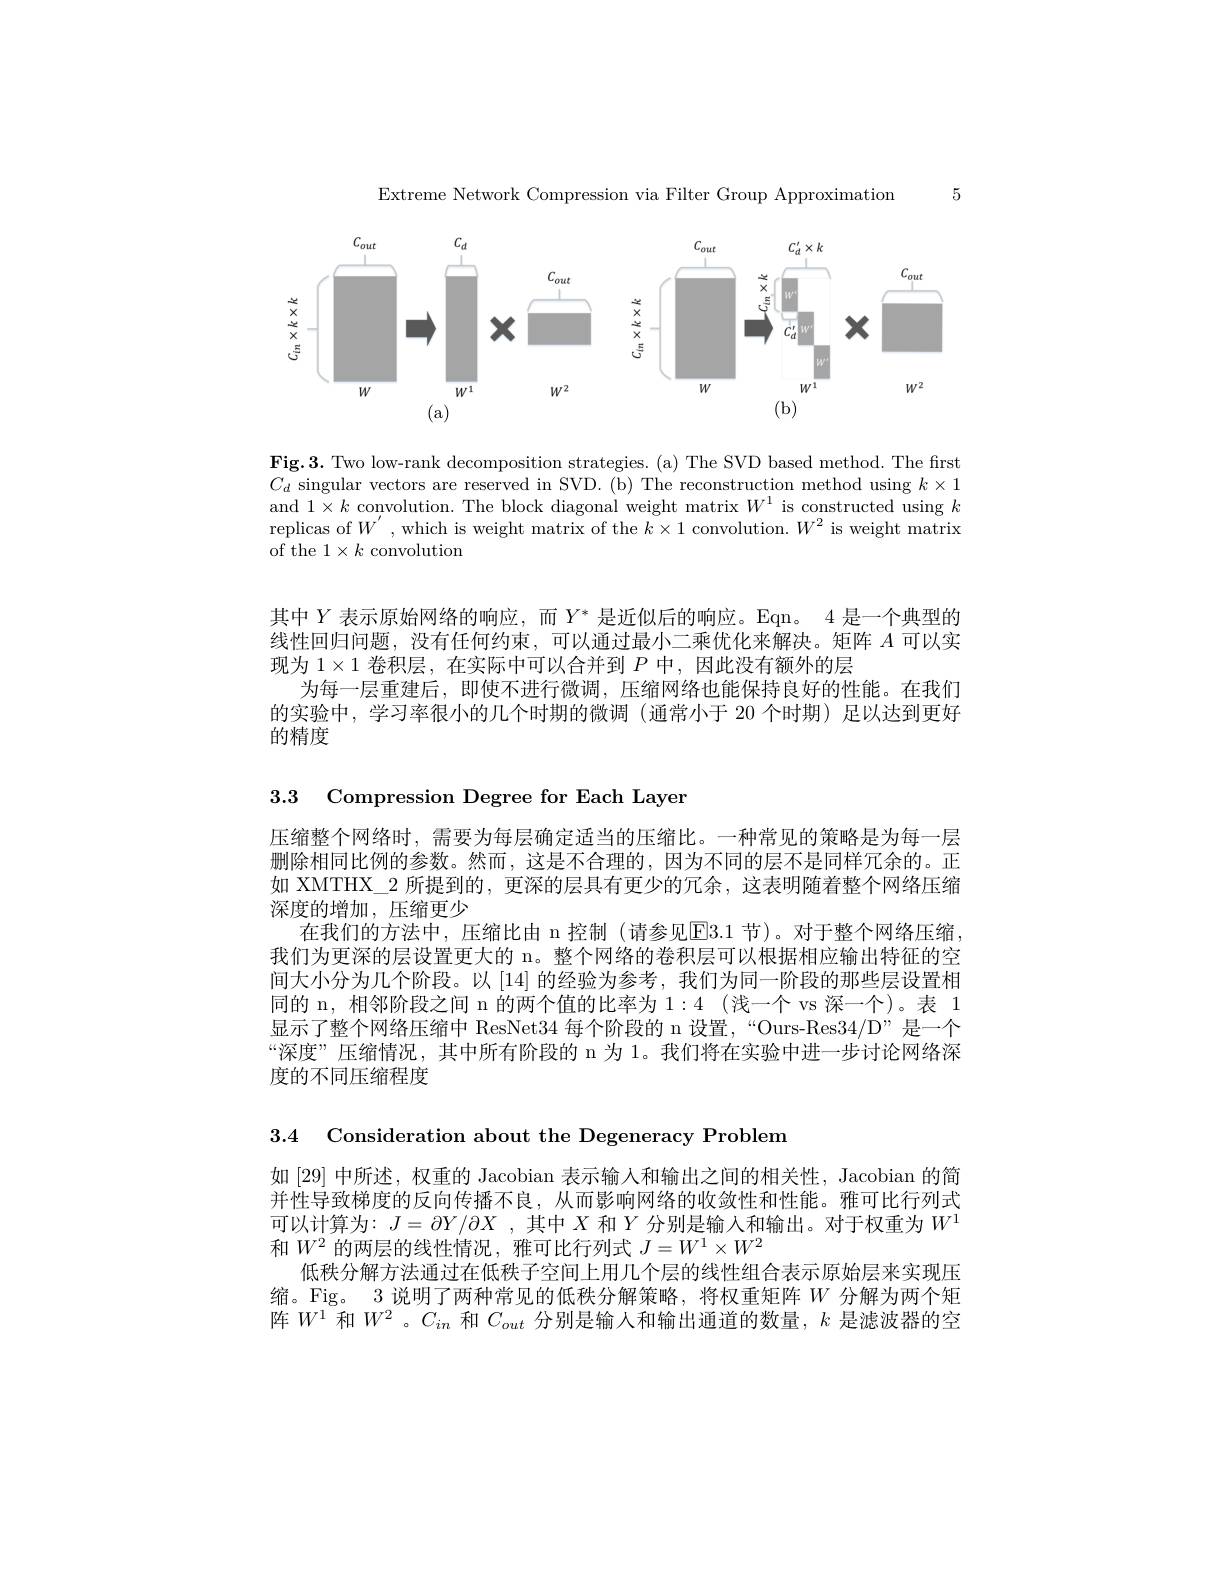
5

Extreme Network Compression via Filter Group Approximation

<FigureHere>

Fig.3. Two low-rank decomposition strategies.(a) The SVD based method. The first $C_d$ singular vectors are reserved in SVD. (b) The reconstruction method using $k\times1$ and $1\times k$ convolution. The block diagonal weight matrix $W^1$ is constructed using $k$ replicas of $W^{\prime}$,which is weight matrix of the $k\times1$ convolution.$W^2$ is weight matrix of the $1\times k$ convolution

其中$Y$表示原始网络的响应，而$Y^*$是近似后的响应。Eqn。4 是一个典型的线性回归问题，没有任何约束，可以通过最小二乘优化来解决。矩阵$A$可以实现为$1\times1$卷积层，在实际中可以合并到$P$中，因此没有额外的层
为每一层重建后，即使不进行微调，压缩网络也能保持良好的性能。在我们的实验中，学习率很小的几个时期的微调(通常小于 20 个时期)足以达到更好的精度

3.3 Compression Degree for Each Layer

压缩整个网络时，需要为每层确定适当的压缩比。一种常见的策略是为每一层删除相同比例的参数。然而，这是不合理的，因为不同的层不是同样冗余的。正如 XMTHX\_2 所提到的，更深的层具有更少的冗余，这表明随着整个网络压缩深度的增加，压缩更少
在我们的方法中，压缩比由 n 控制 (请参见$\overline{\mathrm{E}}3.1$ 节)。对于整个网络压缩我们为更深的层设置更大的 n。整个网络的卷积层可以根据相应输出特征的空间大小分为几个阶段。以 [14] 的经验为参考，我们为同一阶段的那些层设置相同的 n, 相邻阶段之间 n 的两个值的比率为 1:4 (浅一个 vs 深一个)。表 1显示了整个网络压缩中 ResNet34 每个阶段的 n 设置，“Ours-Res34/D”是一个“深度” 压缩情况，其中所有阶段的 n 为 1。我们将在实验中进一步讨论网络深度的不同压缩程度

3.4 Consideration about the Degeneracy Problem

如[29]中所述，权重的 Jacobian 表示输入和输出之间的相关性，Jacobian 的简并性导致梯度的反向传播不良，从而影响网络的收敛性和性能。雅可比行列式可以计算为$:J=\partial Y/\partial X$ ,其中$X$和$Y$分别是输人和输出。对于权重为$W^{1}$ 和$W^2$的两层的线性情况，雅可比行列式$J=W^1\times W^2$
低秩分解方法通过在低秩子空间上用几个层的线性组合表示原始层来实现压缩。Fig。3 说明了两种常见的低秩分解策略，将权重矩阵$W$分解为两个矩阵$W^1$和$W^2$ 。$C_{in}$和$C_{out}$分别是输人和输出通道的数量，$k$是滤波器的空